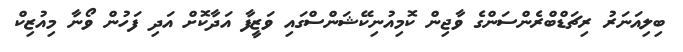
ބިލިއަނަރު ރިޗަޑްބްރެންސަންގެ ވާޖިން ކޮމިއުނިކޭޝަންސްގައި ވަޒީފާ އަދާކޮށް އަދި ފަހުން ވޯނާ މިއުޒިކް